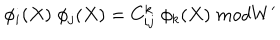
LaTeX: \phi _ { i } ( X ) \; \phi _ { j } ( X ) = C _ { i j } ^ { k } \; \phi _ { k } ( X ) \; m o d W ^ { \prime }